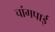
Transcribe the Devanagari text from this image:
चांगपाई